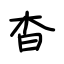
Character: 杳